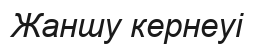
Жаншу кернеуі